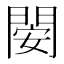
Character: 𨴣